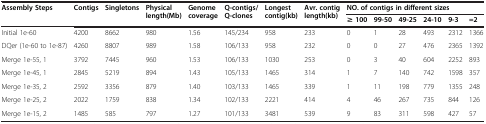
<table><thead><tr><td><b>Assembly Steps</b></td><td><b>Contigs</b></td><td><b>Singletons</b></td><td><b>Physical length(Mb)</b></td><td><b>Genome coverage</b></td><td><b>Q-contigs/Q-clones</b></td><td><b>Longest contig(kb)</b></td><td><b>Avr. contig length(kb)</b></td><td colspan="6"><b>NO. of contigs in different sizes</b></td></tr><tr><td><b> </b></td><td><b> </b></td><td><b> </b></td><td><b> </b></td><td><b> </b></td><td><b> </b></td><td><b> </b></td><td><b> </b></td><td><b>≥ 100</b></td><td><b>99-50</b></td><td><b>49-25</b></td><td><b>24-10</b></td><td><b>9-3</b></td><td><b>=2</b></td></tr></thead><tbody><tr><td>Initial 1e-60</td><td>4200</td><td>8662</td><td>980</td><td>1.56</td><td>145/234</td><td>958</td><td>233</td><td>0</td><td>1</td><td>28</td><td>493</td><td>2312</td><td>1366</td></tr><tr><td>DQer (1e-60 to 1e-87)</td><td>4260</td><td>8807</td><td>989</td><td>1.58</td><td>106/133</td><td>958</td><td>232</td><td>0</td><td>0</td><td>27</td><td>476</td><td>2365</td><td>1392</td></tr><tr><td>Merge 1e-55, 1</td><td>3792</td><td>7445</td><td>960</td><td>1.53</td><td>106/133</td><td>1030</td><td>253</td><td>0</td><td>3</td><td>40</td><td>604</td><td>2252</td><td>893</td></tr><tr><td>Merge 1e-45, 1</td><td>2845</td><td>5219</td><td>894</td><td>1.43</td><td>105/133</td><td>1465</td><td>314</td><td>1</td><td>7</td><td>140</td><td>742</td><td>1598</td><td>357</td></tr><tr><td>Merge 1e-35, 2</td><td>2592</td><td>3356</td><td>879</td><td>1.40</td><td>103/133</td><td>1465</td><td>339</td><td>1</td><td>11</td><td>198</td><td>779</td><td>1355</td><td>248</td></tr><tr><td>Merge 1e-25, 2</td><td>2022</td><td>1759</td><td>838</td><td>1.34</td><td>102/133</td><td>2221</td><td>414</td><td>4</td><td>46</td><td>267</td><td>735</td><td>844</td><td>126</td></tr><tr><td>Merge 1e-15, 2</td><td>1485</td><td>585</td><td>797</td><td>1.27</td><td>101/133</td><td>3481</td><td>539</td><td>9</td><td>83</td><td>311</td><td>598</td><td>427</td><td>57</td></tr></tbody></table>